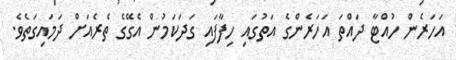
އަހަރެން ހުއްޓާ ދައްތަ އަހަރެންގެ އަތުގައި ހިފާފައި ގަދަކަމުން އެގޭގެ ތެރެއަށް ދަމައިގަތެވެ.